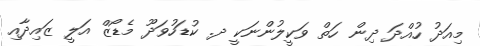
މިއަދު ހުއްދަ ދިން ހަތް ވަކީލުންނަކީ ދ. ކުޑަހުވަދޫ މެޑޯޒް އަލީ ޒައިދާއި